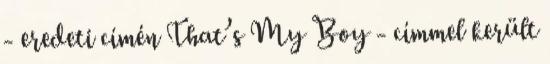
- eredeti címén That’s My Boy - címmel került